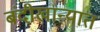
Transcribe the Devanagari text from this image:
बंदीखान्यात